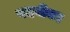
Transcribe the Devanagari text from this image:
पदवीका